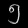
Digit: ၅